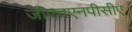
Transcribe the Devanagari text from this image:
जीएचएनपीसीए